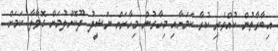
އިބާރާތުން ކުއްވެރި ކުރާ ކަމަށާއި މިހާރުން މިހާރަށް ނަޝީދު ދޫކޮށްލުމަށް ގޮވާލާ ކަމަށް